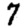
Digit: 7